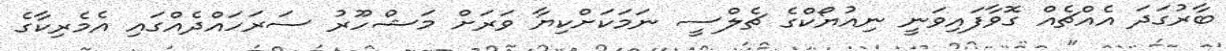
ބާރުގަދަ އެއްޗެއް ގޮވާފައިވަނީ ނިއުޔޯކްގެ ޗެލްސީ ނަމަކަށްކިޔާ ވަރަށް މަޝްހޫރު ސަރަހައްދެއްގައި އެމެރިކާގެ